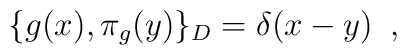
\{g (x), \pi _g  (y) \}_D= \delta (x-y)\,\,\, ,